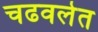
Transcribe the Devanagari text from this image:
चढवलेत